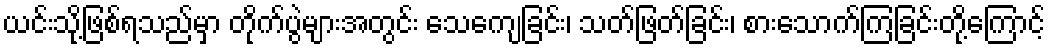
ယင်းသို့ဖြစ်ရသည်မှာ တိုက်ပွဲများအတွင်း သေကျေခြင်း၊ သတ်ဖြတ်ခြင်း၊ စားသောက်ကြခြင်းတို့ကြောင့်